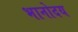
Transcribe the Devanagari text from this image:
भानोदय